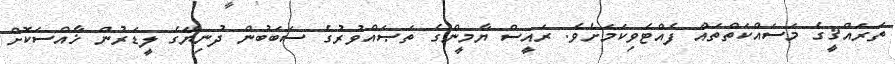
ތަރައްޤީގެ މަސައްކަތްތައް ފެއްޓެވިކަމަށެވެ. ރައީސް ޔާމީންގެ ތަޞައްވުރުގެ ސަބަބުން ދުނިޔޭގެ ލީޑަރުން ޚާއްސަކޮށް